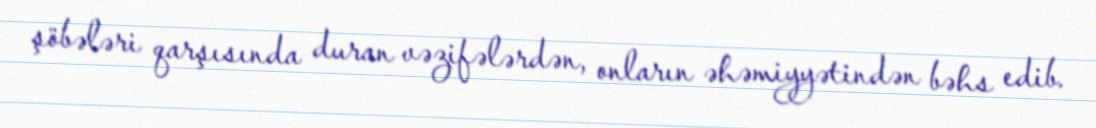
şöbələri qarşısında duran vəzifələrdən, onların əhəmiyyətindən bəhs edib.